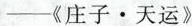
—《庄子·天运》